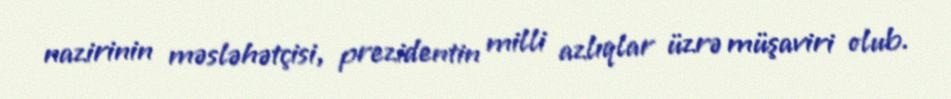
nazirinin məsləhətçisi, prezidentin milli azlıqlar üzrə müşaviri olub.